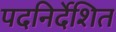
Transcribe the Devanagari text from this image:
पदनिर्देशित